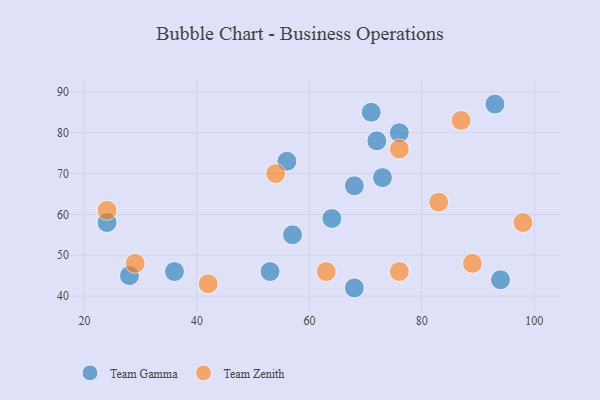
{"axis": {"x": "GDP", "y": "Life Expectancy"}, "legend": ["Team Gamma", "Team Zenith"], "data": [{"x": "68", "y": 67, "type": "Team Gamma"}, {"x": "76", "y": 80, "type": "Team Gamma"}, {"x": "72", "y": 78, "type": "Team Gamma"}, {"x": "68", "y": 42, "type": "Team Gamma"}, {"x": "36", "y": 46, "type": "Team Gamma"}, {"x": "56", "y": 73, "type": "Team Gamma"}, {"x": "71", "y": 85, "type": "Team Gamma"}, {"x": "73", "y": 69, "type": "Team Gamma"}, {"x": "94", "y": 44, "type": "Team Gamma"}, {"x": "93", "y": 87, "type": "Team Gamma"}, {"x": "24", "y": 58, "type": "Team Gamma"}, {"x": "28", "y": 45, "type": "Team Gamma"}, {"x": "64", "y": 59, "type": "Team Gamma"}, {"x": "53", "y": 46, "type": "Team Gamma"}, {"x": "57", "y": 55, "type": "Team Gamma"}, {"x": "76", "y": 46, "type": "Team Zenith"}, {"x": "87", "y": 83, "type": "Team Zenith"}, {"x": "24", "y": 61, "type": "Team Zenith"}, {"x": "63", "y": 46, "type": "Team Zenith"}, {"x": "76", "y": 76, "type": "Team Zenith"}, {"x": "98", "y": 58, "type": "Team Zenith"}, {"x": "42", "y": 43, "type": "Team Zenith"}, {"x": "83", "y": 63, "type": "Team Zenith"}, {"x": "29", "y": 48, "type": "Team Zenith"}, {"x": "89", "y": 48, "type": "Team Zenith"}, {"x": "54", "y": 70, "type": "Team Zenith"}]}